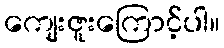
ကျေးဇူးကြောင့်ပါ။